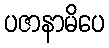
ပဇာနာမိပေ